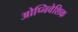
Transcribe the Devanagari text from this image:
ओप्निवेशिक